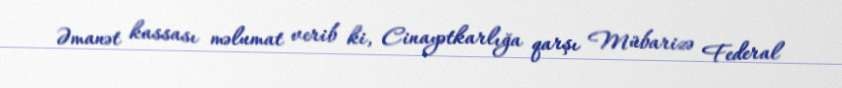
Əmanət kassası məlumat verib ki, Cinayətkarlığa qarşı Mübarizə Federal